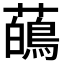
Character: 𬟑